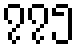
၇၇၅